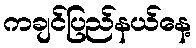
ကချင်ပြည်နယ်နေ့